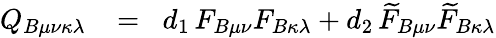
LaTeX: \begin{array}{rlr}{Q_{B\mu\nu\kappa\lambda}\! }&{{}=}&{\! d_{1}\, F_{B\mu\nu}F_{B\kappa\lambda}+d_{2}\, \widetilde{F}_{B\mu\nu}\widetilde{F}_{B\kappa\lambda}}\end{array}